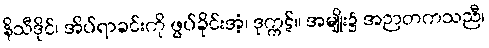
နိသီဒိုင်၊ အိပ်ရာခင်းကို ဖွပ်ခိုင်းအံ့၊ ဒုက္ကဋ်။ အမျိုး၌ အဉာတကသညီ၊